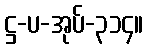
ဋ္ဌ-ပ-အုပ်-၃၁၄။